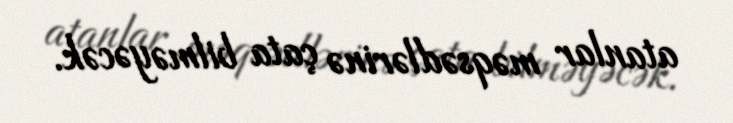
atanlar məqsədlərinə çata bilməyəcək.